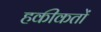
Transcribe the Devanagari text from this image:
हकीकतों